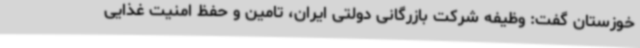
خوزستان گفت: وظیفه شرکت بازرگانی دولتی ایران، تامین و حفظ امنیت غذایی